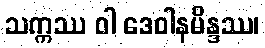
သက္ကဿ ဝါ ဒေဝါနမိန္ဒဿ၊